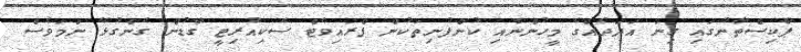
ޕާކިސްތާނުގައި ގިނަ އަދަދެއްގެ މީހުންނާއި ކުންފުނިތަކުން ޕްރައިވެޓް ސެކިއުރިޓީ ގާޑުން ގެންގުޅޭ ނަމަވެސް